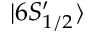
\ensuremath { | 6 S _ { 1 / 2 } ^ { \prime } \rangle }